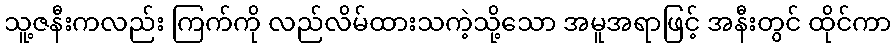
သူ့ဇနီးကလည်း ကြက်ကို လည်လိမ်ထားသကဲ့သို့သော အမူအရာဖြင့် အနီးတွင် ထိုင်ကာ